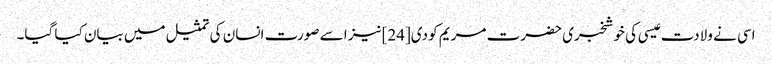
اسی نے ولادت عیسی کی خوشخبری حضرت مریم کو دی[24] نیز اسے صورت انسان کی تمثیل میں بیان کیا گیا۔